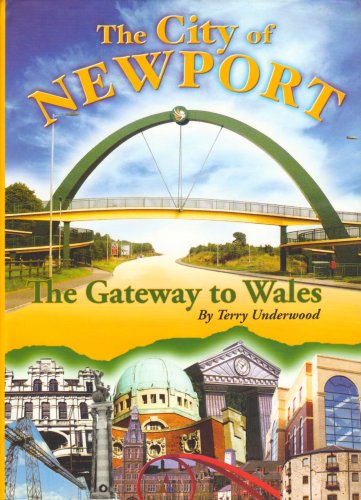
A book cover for The City of Newport: The Gateway to Wales; Terry. Underwood; Travel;